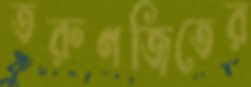
তরুণজিতের